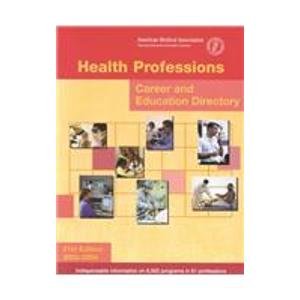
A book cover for Health Professions Career and Education Directory 2003-2004 (Health Care Career Directory); American Medical Association; Education & Teaching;